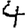
Digit: 4